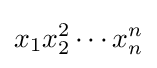
x_{1}x_{2}^{2}\cdots x_{n}^{n}